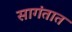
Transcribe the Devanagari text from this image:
सागंतात